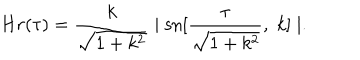
LaTeX: H r ( \tau ) = \frac { k } { \sqrt { 1 + k ^ { 2 } } } \mid \mathrm { s n } [ \frac { \tau } { \sqrt { 1 + k ^ { 2 } } } , \; k ] \mid .